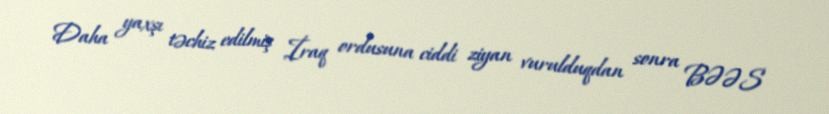
Daha yaxşı təchiz edilmiş İraq ordusuna ciddi ziyan vurulduqdan sonra BƏƏS